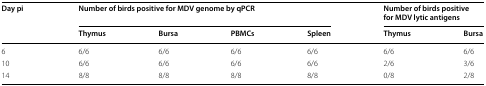
| <ROWSPAN=2> Day pi | <COLSPAN=4> Number of birds positive for MDV genome by qPCR | <COLSPAN=2> Number of birds positive for MDV lytic antigens |
 | Thymus | Bursa | PBMCs | Spleen | Thymus | Bursa |
 | --- | --- | --- | --- | --- | --- | --- |
 | 6 | 6/6 | 6/6 | 6/6 | 6/6 | 6/6 | 6/6 |
 | 10 | 6/6 | 6/6 | 6/6 | 6/6 | 2/6 | 3/6 |
 | 14 | 8/8 | 8/8 | 8/8 | 8/8 | 0/8 | 2/8 |